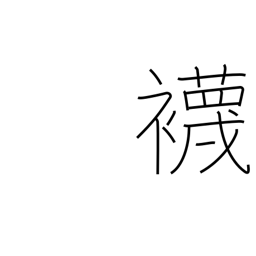
Meaning: socks